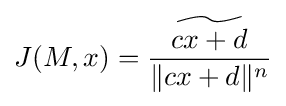
J(M,x)={\frac {\widetilde {cx+d}}{\|cx+d\|^{n}}}